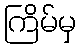
ကြိမ်မှ